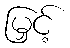
မြှင့်